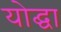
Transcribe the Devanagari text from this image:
योद्घा